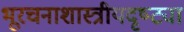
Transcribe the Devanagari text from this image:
भूरचनाशास्त्रीयदृष्ट्या